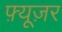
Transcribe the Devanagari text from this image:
फ़्यूज़र